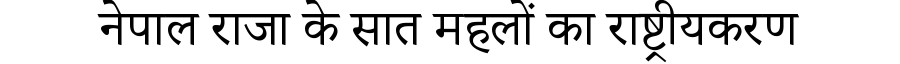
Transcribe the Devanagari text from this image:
नेपाल राजा के सात महलों का राष्ट्रीयकरण